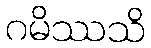
ဂမိဿသိ